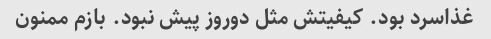
غذاسرد بود. کیفیتش مثل دوروز پیش نبود. بازم ممنون